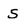
Character: 5